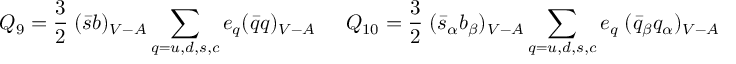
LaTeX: Q _ { 9 } = { \frac { 3 } { 2 } } \; ( \bar { s } b ) _ { V - A } \sum _ { q = u , d , s , c } e _ { q } ( \bar { q } q ) _ { V - A } { } ~ ~ ~ ~ ~ Q _ { 1 0 } = { \frac { 3 } { 2 } } \; ( \bar { s } _ { \alpha } b _ { \beta } ) _ { V - A } \sum _ { q = u , d , s , c } e _ { q } \; ( \bar { q } _ { \beta } q _ { \alpha } ) _ { V - A }